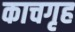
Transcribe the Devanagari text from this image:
काचगृह